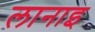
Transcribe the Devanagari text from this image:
लानाइ